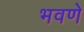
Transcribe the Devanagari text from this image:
भवणे